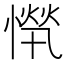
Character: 𱟂